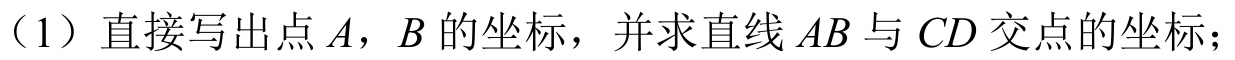
（1）直接写出点\(A\)，\(B\)的坐标，并求直线\(AB\)与\(CD\)交点的坐标；